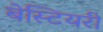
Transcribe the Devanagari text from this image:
बेस्टियरी